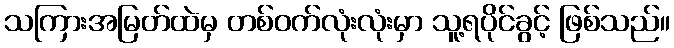
သကြားအမြတ်ထဲမှ တစ်ဝက်လုံးလုံးမှာ သူ့ရပိုင်ခွင့် ဖြစ်သည်။